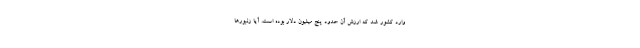
وارد کشور شد که ارزش آن حدود پنج میلیون دلار بوده است. آیا زنبورها